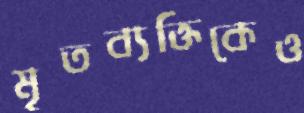
মৃতব্যক্তিকেও